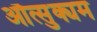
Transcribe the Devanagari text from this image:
औत्सुक्यम